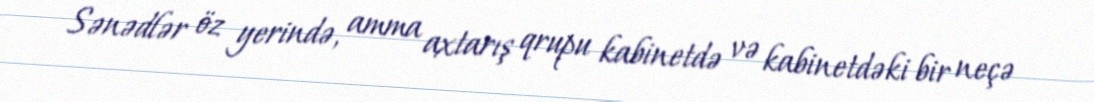
Sənədlər öz yerində, amma axtarış qrupu kabinetdə və kabinetdəki bir neçə